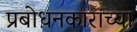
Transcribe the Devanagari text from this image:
प्रबोधनकारांच्या